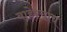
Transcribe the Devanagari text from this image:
बाहेरचाच